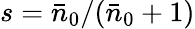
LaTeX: s=\bar{n}_{0}/(\bar{n}_{0}+1)